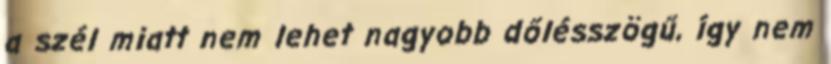
a szél miatt nem lehet nagyobb dőlésszögű, így nem